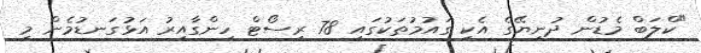
"ކްލަބް މެޑުން ދުނިޔޭގެ އެކި ގައުމުތަކުގައި 78 ރިސޯޓް ހިންގާއިރު އަޅުގަނޑުމެން މި